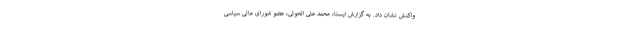
واکنش نشان داد. به گزارش ایسنا، محمد علی الحوثی، عضو شورای عالی سیاسی